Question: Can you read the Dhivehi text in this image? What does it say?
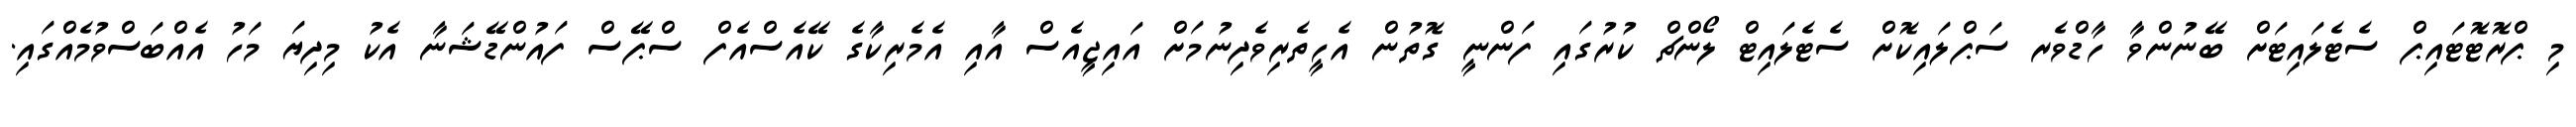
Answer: މި ޕްރޮޓޮޓައިޕް ސެޓެލައިޓަށް ބޭނުންވާ ހާޑްވެރ ސަޕްލައިކޮށް ސެޓެލައިޓް ލޯންޗް ކުރުގައި ފަންނީ ގޮތުން އެހީތެރިވެދިނުމަށް އައިޖީއެސް އާއި އެމެރިކާގެ ކޭއެސްއެފް ސްޕޭސް ފައުންޑޭޝަނާ އެކު މިދިޔަ މަހު އެއްބަސްވުމެއްގައި.